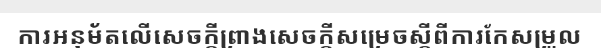
ការអនុម័តលើសេចក្តីព្រាងសេចក្តីសម្រេចស្តីពីការកែសម្រួល